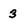
Character: 3